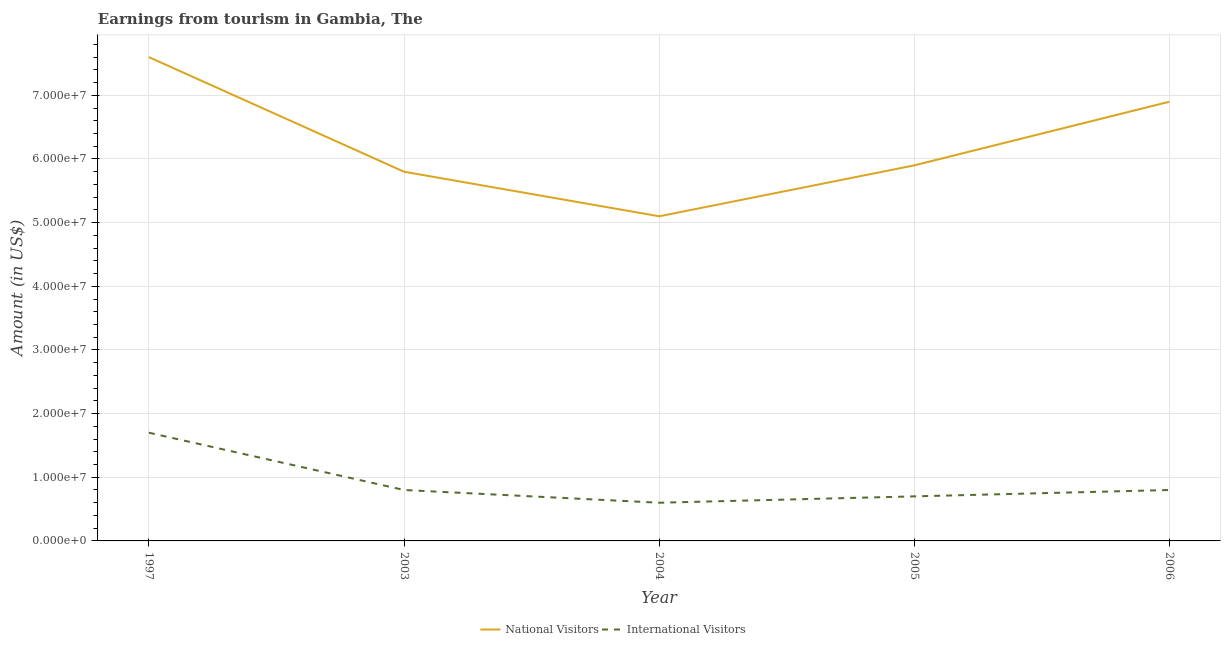
| Year | National Visitors | International Visitors |
 | --- | --- | --- |
 | 1997 | 7.6e+07 | 1.7e+07 |
 | 2003 | 5.8e+07 | 8e+06 |
 | 2004 | 5.1e+07 | 6e+06 |
 | 2005 | 5.9e+07 | 7e+06 |
 | 2006 | 6.9e+07 | 8e+06 |